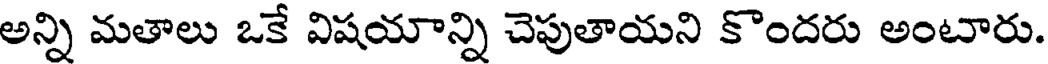
అన్ని మతాలు ఒకే విషయాన్ని చెపుతాయని కొందరు అంటారు.